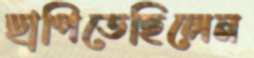
ছাপিতেছিলেন